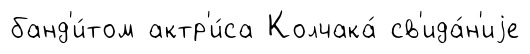
банд'и́том актр'и́са Колчака́ св'ида́н'иjе